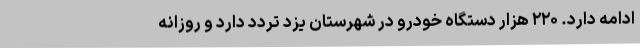
ادامه دارد. ۲۲۰ هزار دستگاه خودرو در شهرستان یزد تردد دارد و روزانه